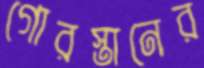
গোরস্তানের